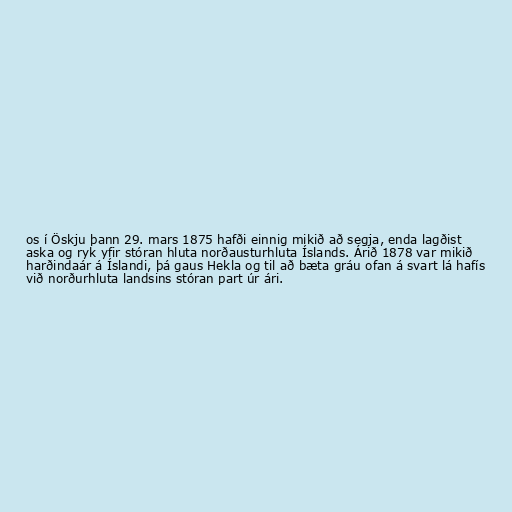
os í Öskju þann 29. mars 1875 hafði einnig mikið að segja, enda lagðist
aska og ryk yfir stóran hluta norðausturhluta Íslands. Árið 1878 var mikið
harðindaár á Íslandi, þá gaus Hekla og til að bæta gráu ofan á svart lá hafís
við norðurhluta landsins stóran part úr ári.